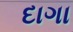
દાગા